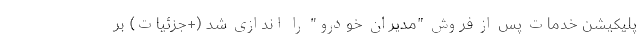
پلیکیشن خدمات پس از فروش "مدیران خودرو" را اندازی شد (+جزئیات) بر